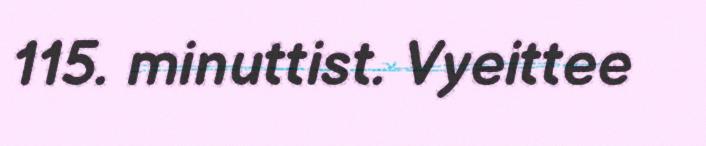
115. minuttist. Vyeittee